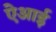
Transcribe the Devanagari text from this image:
ऐआई